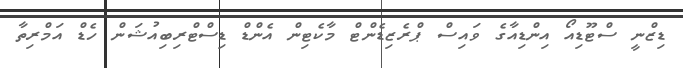
ޑިޒްނީ ސްޓޫޑިއޯ އިންޑިއާގެ ވައިސް ޕްރެޒިޑެންޓް މާކެޓިން އެންޑް ޑިސްޓްރިބިއުޝަން ހެޑް އަމްރިތާ